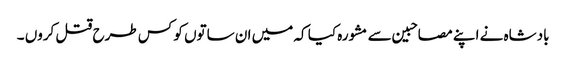
بادشاہ نے اپنے مصاحبین سے مشورہ کیا کہ میں ان ساتوں کو کس طرح قتل کروں ۔